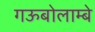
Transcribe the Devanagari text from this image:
गऊबोलाम्बे